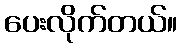
ပေးလိုက်တယ်။